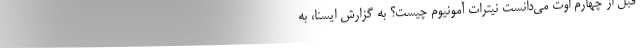
قبل از چهارم اوت می‌دانست نیترات آمونیوم چیست؟ به گزارش ایسنا، به